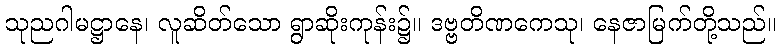
သုညဂါမဋ္ဌာနေ၊ လူဆိတ်သော ရွာဆိုးကုန်း၌။ ဒဗ္ဗတိဏကေသု၊ နေဇာမြက်တို့သည်။